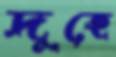
দুহে